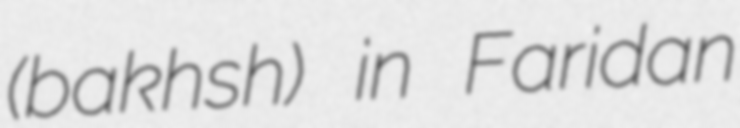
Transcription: (bakhsh) in Faridan